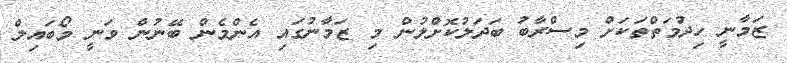
ޒަމާނީ ހިދުމަތްތަކަށް މިސްރާބު ބަދަލުކޮށްލުން މި ޒަމާނުގައި އެންމެން ބޭނުން ވަނީ މޯބައިލް